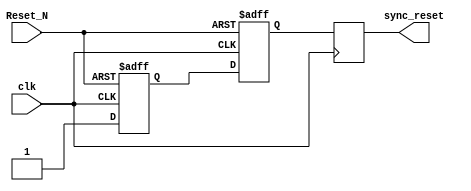
module async_reset_synchronizer (
    input wire clk,          // Clock input
    input wire Reset_N,     // Asynchronous reset input (active low)
    output reg sync_reset    // Synchronized reset output
);

    // Internal signals for the flip-flops
    reg reset_ff1;          // First flip-flop stage
    reg reset_ff2;          // Second flip-flop stage

    // Synchronous process for capturing the Reset_N signal
    always @(posedge clk or negedge Reset_N) begin
        if (~Reset_N) begin
            // If Reset_N is low, reset the flip-flops
            reset_ff1 <= 1'b0;
            reset_ff2 <= 1'b0;
        end else begin
            // Capture the Reset_N state on the clock edge
            reset_ff1 <= 1'b1; // Assert reset_ff1 when Reset_N is high
            reset_ff2 <= reset_ff1; // Pass the value to the next flip-flop
        end
    end

    // Output the synchronized reset signal
    always @(posedge clk) begin
        sync_reset <= reset_ff2; // Output the synchronized reset
    end

endmodule